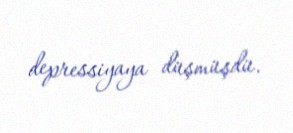
depressiyaya düşmüşdü.